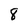
Character: 8